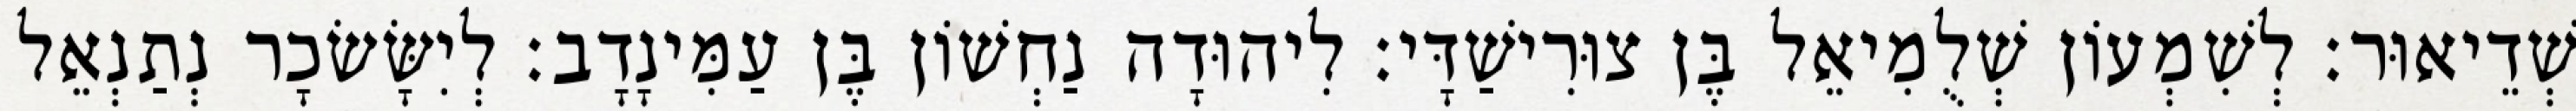
שְׁדֵיאוּר׃ לְשִׁמְעוֹן שְׁלֻמִיאֵל בֶּן צוּרִישַׁדָּי׃ לִיהוּדָה נַחְשׁוֹן בֶּן עַמִּינָדָב׃ לְיִשָּׂשׂכָר נְתַנְאֵל